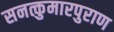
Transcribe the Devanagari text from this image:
सनत्कुमारपुराण